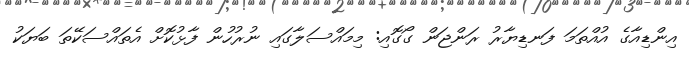
އިންޑިއާގެ އުއްތަމަ ފަނޑިޔާރު ރަންޖަން ގޯގޮއި: މިމައްސަލާގައި ނުރުހުން ފާޅުކޮށް އެތައްސަކޭތަ ބަޔަކު